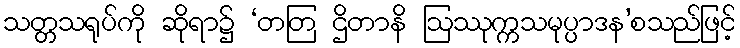
သတ္တသရုပ်ကို ဆိုရာ၌ ‘တတြ ဌိတာနိ ဩဿုက္ကသမုပ္ပာဒန’စသည်ဖြင့်